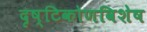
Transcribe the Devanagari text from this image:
दृष्टिकोणविशेष